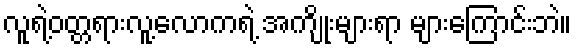
လူရဲ့ဝတ္တရားလူ့လောကရဲ့ အကျိုးများရာ များကြောင်းဘဲ။